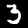
Digit: 3